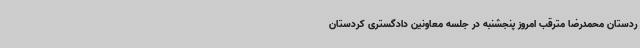
ردستان محمدرضا مترقب امروز پنجشنبه در جلسه معاونین دادگستری کردستان